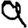
Digit: 9